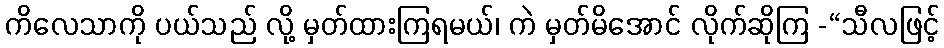
ကိလေသာကို ပယ်သည် လို့ မှတ်ထားကြရမယ်၊ ကဲ မှတ်မိအောင် လိုက်ဆိုကြ -“သီလဖြင့်